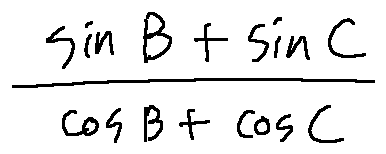
\frac { \sin B + \sin C } { \cos B + \cos C }